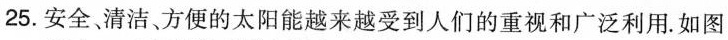
25.安全、清洁、方便的太阳能越来越受到人们的重视和广泛利用。如图